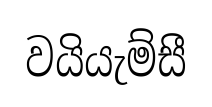
වයියැම්සී